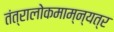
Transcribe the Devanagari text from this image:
तंत्रालोकमाम्न्यत्र